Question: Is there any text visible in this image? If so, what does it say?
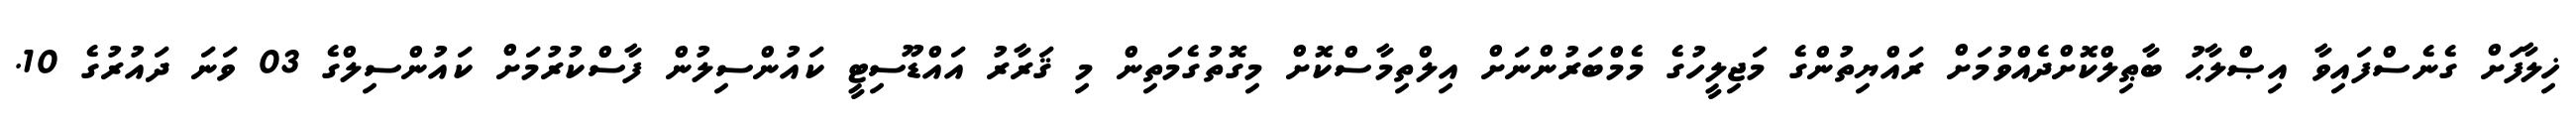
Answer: ޚިލާފަށް ގެނެސްފައިވާ އިޞްލާޙު ބާޠިލްކޮށްދެއްވުމަށް ރައްޔިތުންގެ މަޖިލީހުގެ މެމްބަރުންނަށް އިލްތިމާސްކޮށް މިގޮތުގެމަތިން މި ޤަރާރު އައްޑޫސިޓީ ކައުންސިލުން ފާސްކުރުމަށް ކައުންސިލްގެ 03 ވަނަ ދައުރުގެ 10.